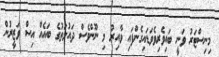
މިނިސްޓަރު ވަނީ ބައިވެރިވެވަޑައިގެންފައި ވާއިރު މި ނޫންވެސް ދައުލަތުގެ ބައެއް އިސް ވަޒީރުން